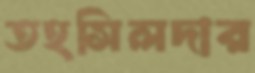
তহসিলদার